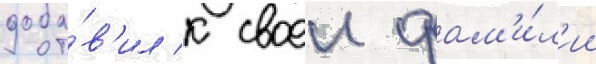
доба́в'ил к своеи фам'и́л'ии